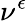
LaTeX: \nu^{\epsilon}